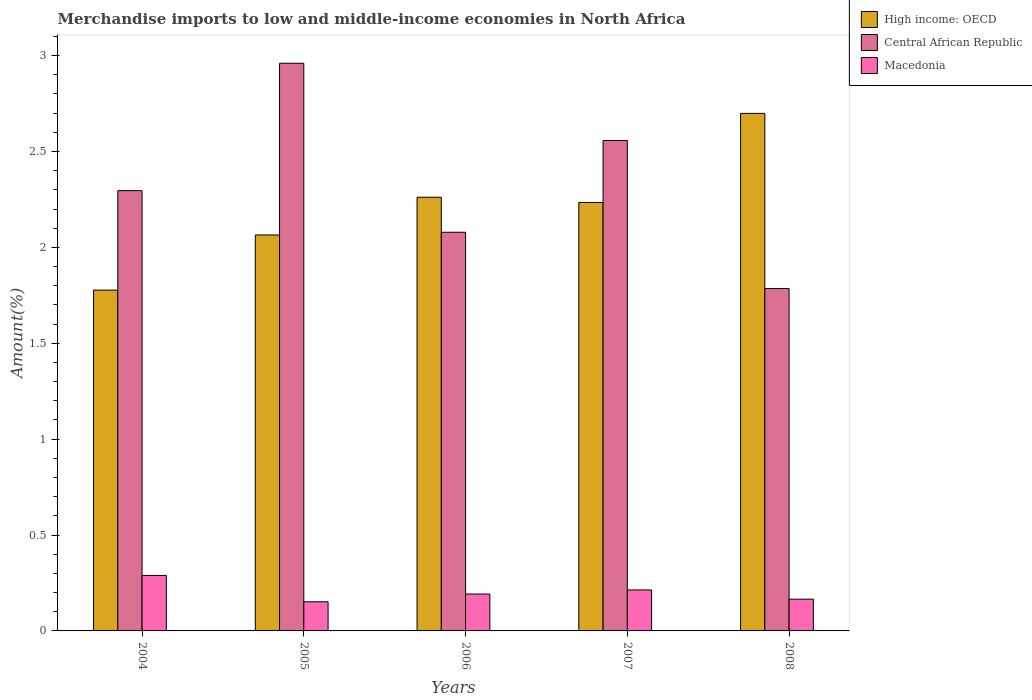
| Years | High income: OECD | Central African Republic | Macedonia |
 | --- | --- | --- | --- |
 | 2004 | 1.78 | 2.3 | 0.289 |
 | 2005 | 2.06 | 2.96 | 0.152 |
 | 2006 | 2.26 | 2.08 | 0.192 |
 | 2007 | 2.23 | 2.56 | 0.214 |
 | 2008 | 2.7 | 1.79 | 0.166 |